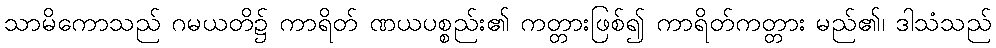
သာမိကောသည် ဂမယတိ၌ ကာရိတ် ဏယပစ္စည်း၏ ကတ္တားဖြစ်၍ ကာရိတ်ကတ္တား မည်၏၊ ဒါသံသည်